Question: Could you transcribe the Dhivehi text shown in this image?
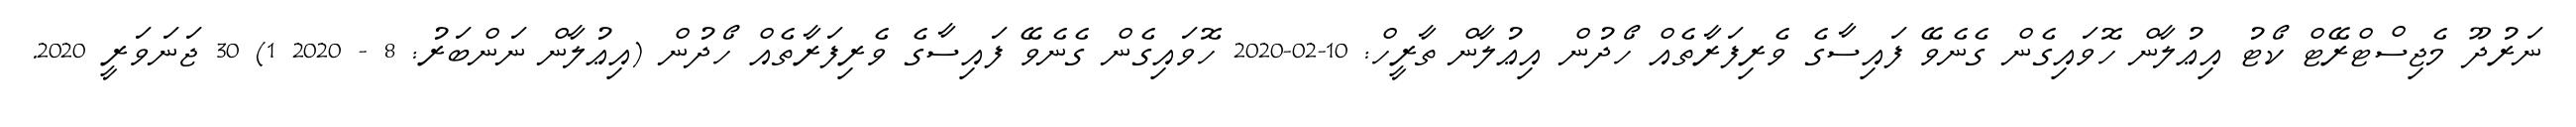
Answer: ނަރުދޫ މެޖިސްޓްރޭޓް ކޯޓު އިޢުލާން ހޮވައިގެން ގެނެވޭ ފައިސާގެ ވެރިފަރާތެއް ހޯދުން އިޢުލާން ތާރީހް: 10-02-2020 ހޮވައިގެން ގެނެވޭ ފައިސާގެ ވެރިފަރާތެއް ހޯދުން (އިޢުލާން ނަންބަރު: 8 - 2020 1) 30 ޖަނަވަރީ 2020.